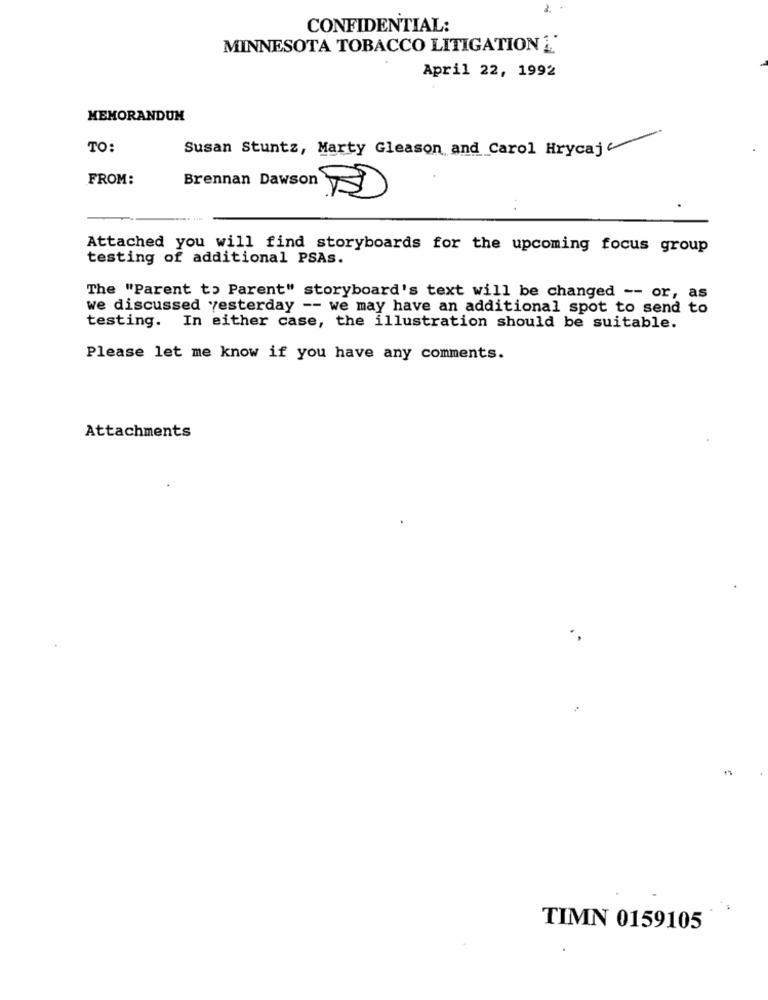
2.
CONFIDENTIAL:
MINNESOTA TOBACCO LITIGATION 1'
April 22, 1992
MEMORANDUM
-
TO:
Susan Stuntz, Marty Gleason and Carol Hrycaj
FROM:
Brennan Dawson
. .
Attached you will find storyboards for the upcoming focus group
testing of additional PSAs.
The "Parent to Parent" storyboard's text will be changed -- or, as
we discussed yesterday -- we may have an additional spot to send to
testing. In either case, the illustration should be suitable.
Please let me know if you have any comments.
Attachments
TIMN 0159105